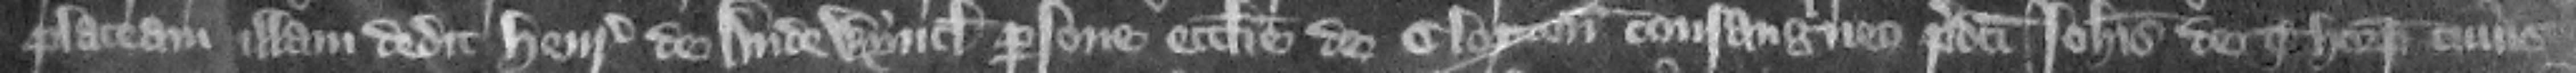
placeam illam dedit Henrico de Audewyncle person ecclesie de Clopton consanguineo predicti Iohannis de Thorp cuius